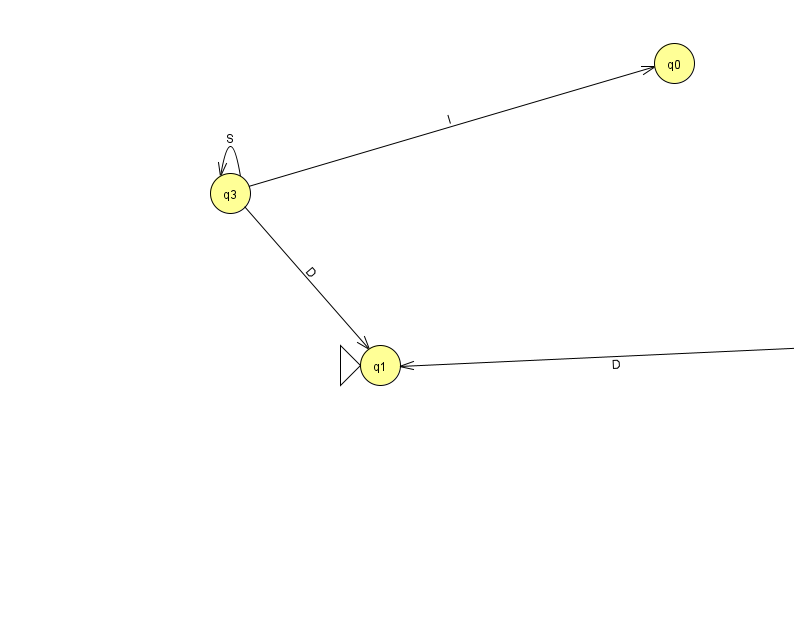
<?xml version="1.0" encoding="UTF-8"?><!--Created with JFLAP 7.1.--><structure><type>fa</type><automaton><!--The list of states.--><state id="0" name="q0"><x>674.0</x><y>50.0</y></state><state id="1" name="q1"><x>380.0</x><y>352.0</y><initial/></state><state id="2" name="q2"><x>853.0</x><y>330.0</y><final/></state><state id="3" name="q3"><x>230.0</x><y>180.0</y></state><!--The list of transitions.--><transition><from>3</from><to>3</to><read>S</read></transition><transition><from>3</from><to>0</to><read>l</read></transition><transition><from>3</from><to>1</to><read>D</read></transition><transition><from>2</from><to>1</to><read>D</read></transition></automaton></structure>